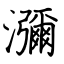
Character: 瀰